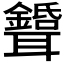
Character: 𦘉